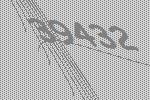
39432